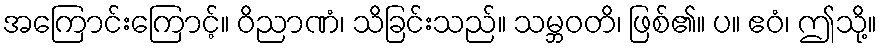
အကြောင်းကြောင့်။ ဝိညာဏံ၊ သိခြင်းသည်။ သမ္ဘဝတိ၊ ဖြစ်၏။ ပ။ ဧဝံ၊ ဤသို့။